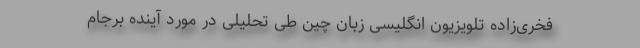
فخری‌زاده تلویزیون انگلیسی زبان چین طی تحلیلی در مورد آینده برجام